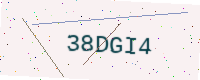
Text: 38DGI4